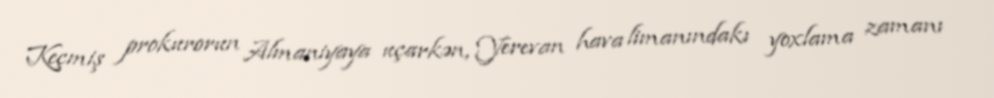
Keçmiş prokurorun Almaniyaya uçarkən, Yerevan hava limanındakı yoxlama zamanı